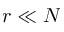
r \ll N